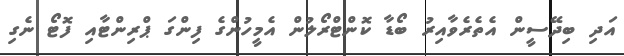
އަދި ބިދޭސީން އެތެރެވާއިރު ބޯޑާ ކޮންޓްރޯލުން އެމީހުންގެ ފިންގަ ޕްރިންޓާއި ފޮޓޯ ނެގި